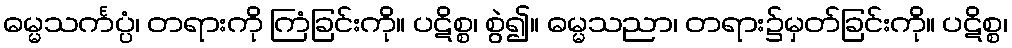
ဓမ္မသင်္ကပ္ပံ၊ တရားကို ကြံခြင်းကို။ ပဋိစ္စ၊ စွဲ၍။ ဓမ္မသညာ၊ တရား၌မှတ်ခြင်းကို။ ပဋိစ္စ၊